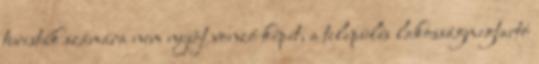
turisták számára nem nyújt vonzó képet, a település lakosságmegtartó